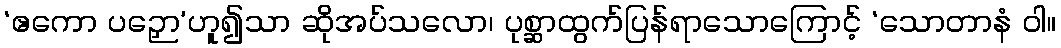
‘ဧကော ပဉှော’ဟူ၍သာ ဆိုအပ်သလော၊ ပုစ္ဆာထွက်ပြန်ရာသောကြောင့် ‘သောတာနံ ဝါ။